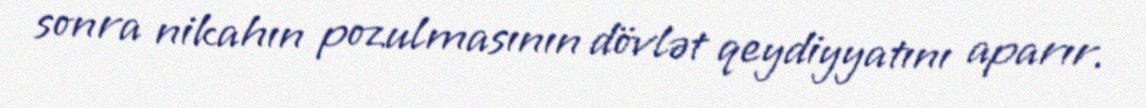
sonra nikahın pozulmasının dövlət qeydiyyatını aparır.